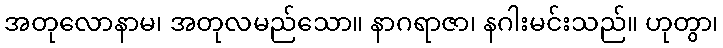
အတုလောနာမ၊ အတုလမည်သော။ နာဂရာဇာ၊ နဂါးမင်းသည်။ ဟုတွာ၊